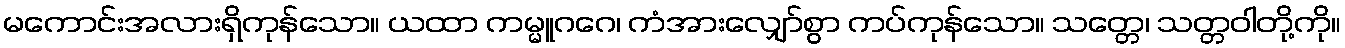
မကောင်းအလားရှိကုန်သော။ ယထာ ကမ္မူဂဂေ၊ ကံအားလျှော်စွာ ကပ်ကုန်သော။ သတ္တေ၊ သတ္တဝါတို့ကို။